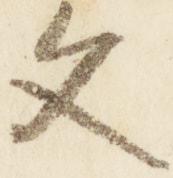
文